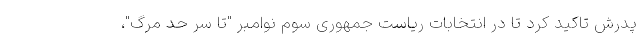
پدرش تاکید کرد تا در انتخابات ریاست جمهوری سوم نوامبر "تا سر حد مرگ"،